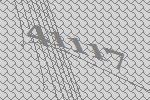
41117